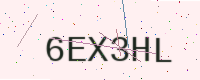
Text: 6EX3HL